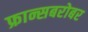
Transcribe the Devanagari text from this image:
फ्रान्सबरोबर